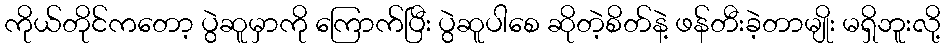
ကိုယ်တိုင်ကတော့ ပွဲဆူမှာကို ကြောက်ပြီး ပွဲဆူပါစေ ဆိုတဲ့စိတ်နဲ့ ဖန်တီးခဲ့တာမျိုး မရှိဘူးလို့